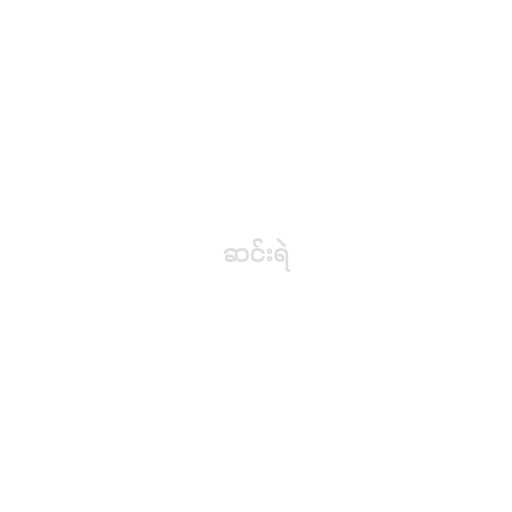
ဆင်းရဲ